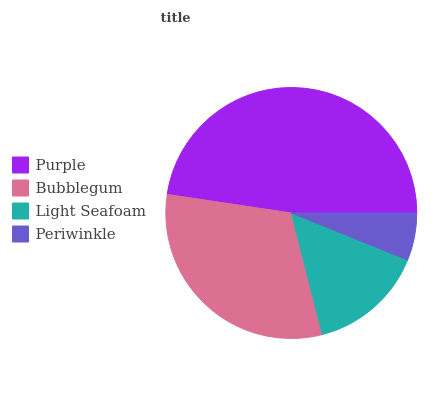
| Purple | Bubblegum | Light Seafoam | Periwinkle |
 | --- | --- | --- | --- |
 | 47.6% | 31.4% | 14.9% | 6.1% |